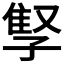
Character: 𫲫